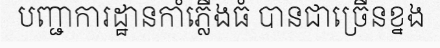
បញ្ជាការដ្ឋានកាំភ្លើងធំ បានជាច្រើនខ្នង